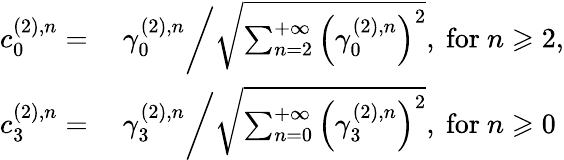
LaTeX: \begin{array}{rl}{c_{0}^{(2),n}=}&{\ \gamma_{0}^{(2),n}\bigg/\sqrt{\sum_{n=2}^{+\infty}\left(\gamma_{0}^{(2),n}\right)^{2}},\mathrm{~for~}n\geqslant 2,}\\ {c_{3}^{(2),n}=}&{\ \gamma_{3}^{(2),n}\bigg/\sqrt{\sum_{n=0}^{+\infty}\left(\gamma_{3}^{(2),n}\right)^{2}},\mathrm{~for~}n\geqslant 0}\end{array}